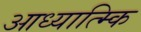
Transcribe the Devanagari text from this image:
आध्यात्म्कि